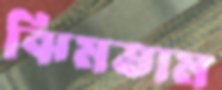
ঝিমতাম